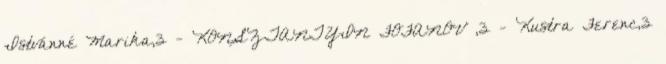
Istvánné Marika,3 - KONSZTANTYIN FOFANOV ,3 - Kustra Ferenc,3